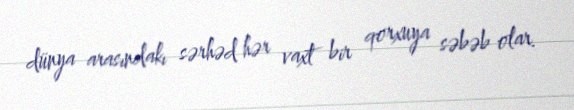
dünya arasındakı sərhəd hər vaxt bir qorxuya səbəb olar.